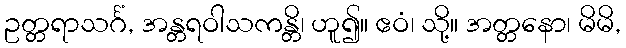
ဥတ္တရာသင်္ဂံ, အန္တရဝါသကန္တိ၊ ဟူ၍။ ဧဝံ၊ သို့။ အတ္တနော၊ မိမိ,